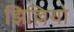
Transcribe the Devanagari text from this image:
झिल्लियो